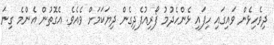
ދިވެހިޅެން ވައިގައި ހިފައި ޅެންހެދުމު ފޯރިއުފެދިގެން ދިޔަކަމަށް ވެއެވެ. އެގޮތުން އެންމެ ގިނަ